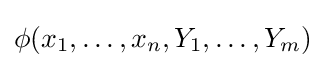
\phi (x_{1},\ldots ,x_{n},Y_{1},\ldots ,Y_{m})